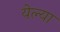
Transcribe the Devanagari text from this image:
येल्या